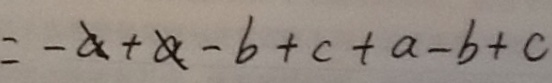
= - a + a - b + c + a - b + c